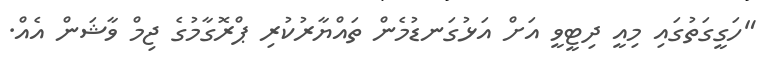
"ހަގީގަތުގައި މިއީ ދިޓީވީ އަށް އަޅުގަނޑުމެން ތައްޔާރުކުރި ޕްރޮގާމުގެ ޖިމް ވާޝަން އެއް.